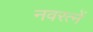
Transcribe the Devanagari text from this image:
नवरत्नें